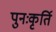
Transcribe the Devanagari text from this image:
पुनःकृर्ति